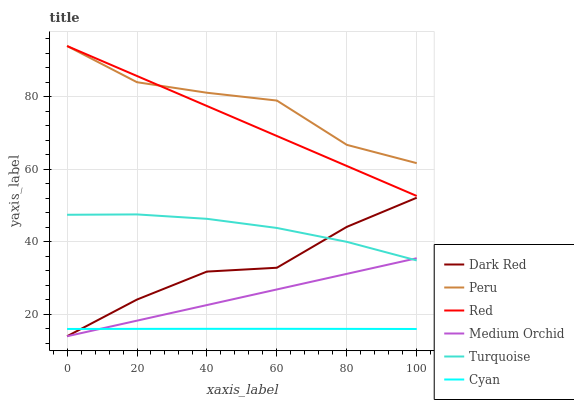
| xaxis_label | Dark Red | Peru | Red | Medium Orchid | Turquoise | Cyan |
 | --- | --- | --- | --- | --- | --- | --- |
 | 0 | 14 | 94 | 94 | 14 | 47.5 | 16 |
 | 20 | 24.1 | 84 | 85.7 | 18.3 | 47.6 | 16 |
 | 40 | 31.8 | 81.1 | 77.5 | 22.6 | 46.4 | 16 |
 | 60 | 32.9 | 79 | 69.2 | 26.9 | 43.8 | 16 |
 | 80 | 44.1 | 66.8 | 60.9 | 31.2 | 40 | 16 |
 | 100 | 52.2 | 61.7 | 52.7 | 35.5 | 34.9 | 16 |